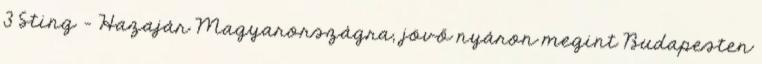
3 Sting – Hazajár Magyarországra, jövő nyáron megint Budapesten